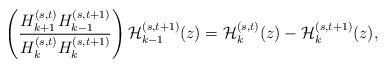
LaTeX: \begin{align*}\left(\frac{H_{k+1}^{(s,t)}H_{k-1}^{(s,t+1)}}{H_{k}^{(s,t)}H_{k}^{(s,t+1)}}\right){\cal H}_{k-1}^{(s,t+1)}(z)={\cal H}_{k}^{(s,t)}(z)-{\cal H}_{k}^{(s,t+1)}(z),\end{align*}